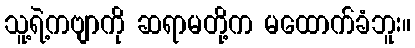
သူ့ရဲ့ကဗျာကို ဆရာမတို့က မထောက်ခံဘူး။